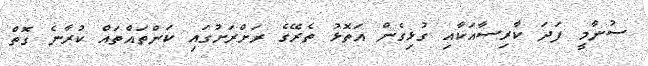
ސުނާމީ ފަދަ ކާރިސާއަކާއި ގުޅިގެން އަތޮޅު ތެރޭގެ ރަށްރަށުގައި ކަންތައްތައް ކުރާނެ ގޮތް